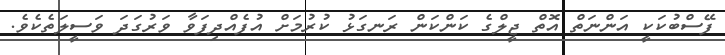
ފޭސްބުކަކީ އަންނަތް އޮތް ޖީލްގެ ކަންކަން ރަނގަޅު ކުރުމަށް އުފެއްދިފަވާާ ވަރުގަދަ ވަސީލަތެކެވެ.